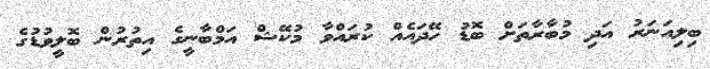
ބިލިއަނަރު އަދި މުބާރާތަށް ބޮޑު ހޭދައެއް ކުރައްވާ މުކޭޝް އަމްބާނީގެ އިތުރުން ބޮލީވުޑުގެ